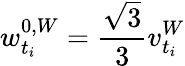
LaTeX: w_{t_{i}}^{0,W}=\frac{\sqrt{3}}{3}v_{t_{i}}^{W}